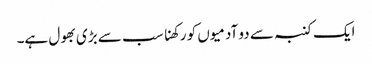
ایک کنبہ سے دو آدمیوں کو رکھنا سب سے بڑی بھول ہے۔